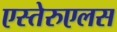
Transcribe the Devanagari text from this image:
एस्तेरुएलस